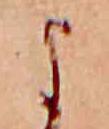
よ